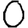
Digit: 0